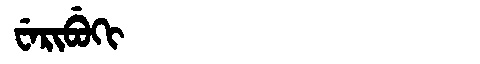
Manchu: ᠸᡝᡵᡳᠪᡠᡴᡳ
Romanization: WERIBUKI